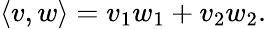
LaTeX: \langle v,w\rangle=v_{1}w_{1}+v_{2}w_{2}.